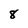
Character: 8